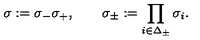
\sigma : = \sigma _ { - } \sigma _ { + } , \quad \quad \sigma _ { \pm } : = \prod _ { i \in \Delta _ { \pm } } \sigma _ { i } .